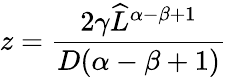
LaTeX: z=\frac{2\gamma{\widehat{L}}^{\alpha-\beta+1}}{D(\alpha-\beta+1)}